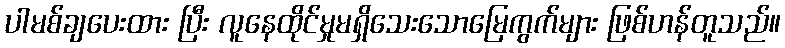
ပါမစ်ချပေးထား ပြီး လူနေထိုင်မှုမရှိသေးသောမြေကွက်များ ဖြစ်ဟန်တူသည်။